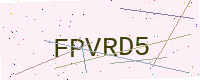
Text: FPVRD5